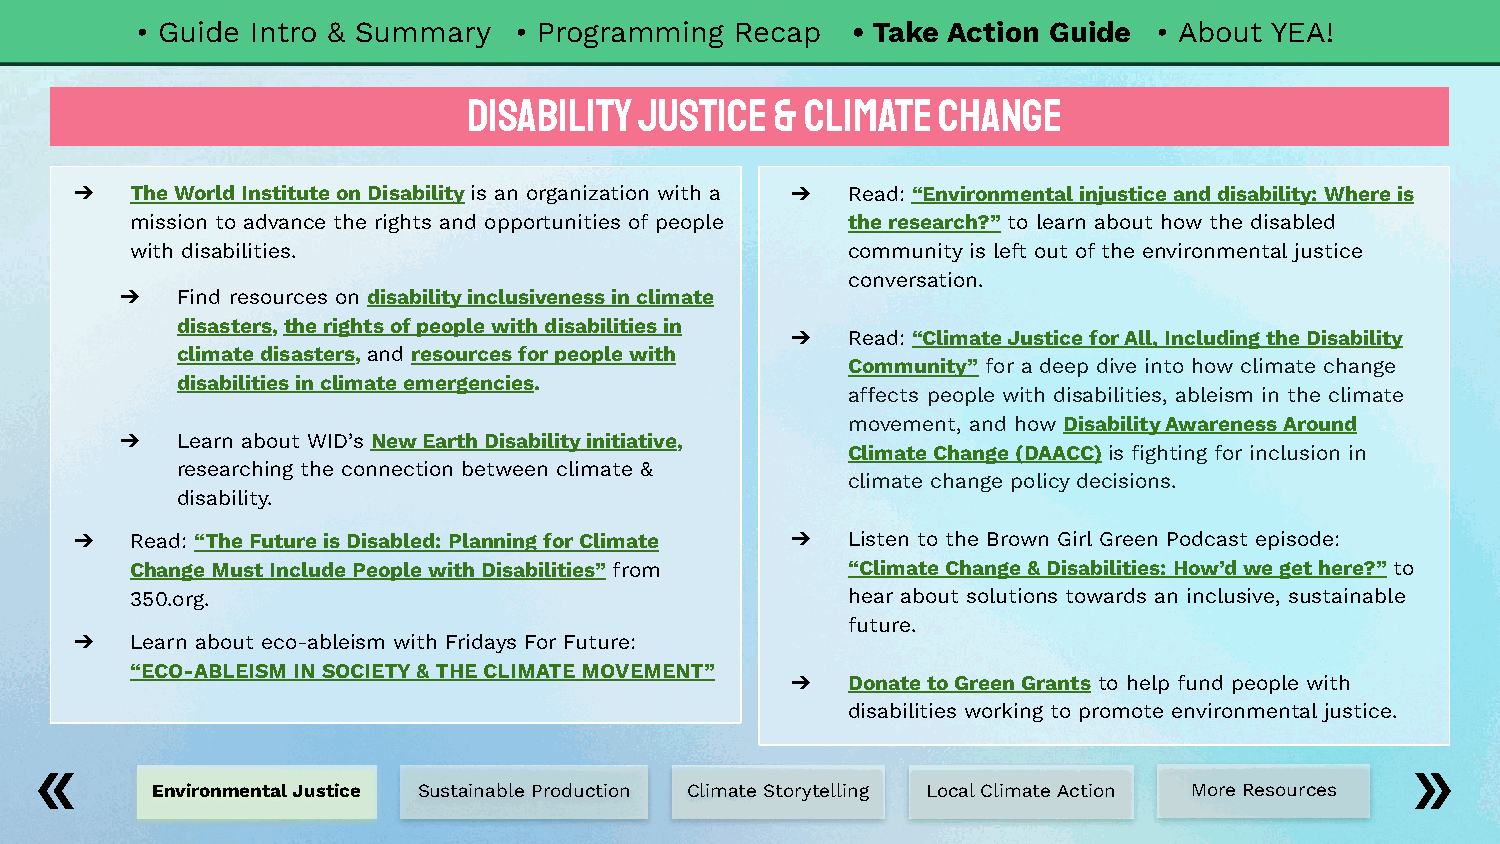
• Guide Intro & Summary  • Programming  Recap  • Take Action Guide  • About YEA!
 Disability Justice  & Climate  Change
 ➔   The World Institute on Disability is an organization with a ➔ Read: “Environmental injustice and disability: Where is
 mission to advance the rights and opportunities of people the research?” to learn about how the disabled
 with disabilities.                             community is left out of the environmental justice
 conversation.
 ➔   Find resources on disability inclusiveness in climate
 disasters, the rights of people with disabilities in
 ➔   Read: “Climate Justice for All, Including the Disability
 climate disasters, and resources for people with
 Community” for a deep dive into how climate change
 disabilities in climate emergencies.
 affects people with disabilities, ableism in the climate
 movement, and how Disability Awareness Around
 ➔   Learn about WID’s New Earth Disability initiative,
 Climate Change (DAACC) is fighting for inclusion in
 researching the connection between climate &
 climate change policy decisions.
 disability.
 ➔   Read: “The Future is Disabled: Planning for Climate ➔ Listen to the Brown Girl Green Podcast episode:
 Change Must Include People with Disabilities” from “Climate Change & Disabilities: How’d we get here?” to
 350.org.                                       hear about solutions towards an inclusive, sustainable
 future.
 ➔   Learn about eco-ableism with Fridays For Future:
 “ECO-ABLEISM IN SOCIETY & THE CLIMATE MOVEMENT”
 ➔   Donate to Green Grants to help fund people with
 disabilities working to promote environmental justice.
 Environmental Justice Sustainable Production Climate Storytelling Local Climate Action More Resources